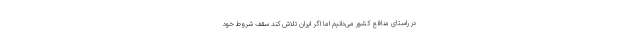
در راستای منافع کشور می‌دانیم اما اگر ایران تلاش کند سقف شروط خود